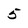
Character: 5